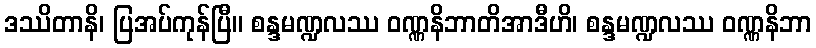
ဒဿိတာနိ၊ ပြအပ်ကုန်ပြီ။ စန္ဒမဏ္ဍလဿ ဝဏ္ဏနိဘာတိအာဒီဟိ၊ စန္ဒမဏ္ဍလဿ ဝဏ္ဏနိဘာ